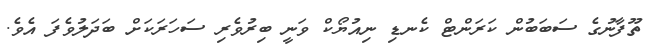
ތޫފާނުގެ ސަބަބުން ކަރަންޓް ކެނޑި ނިއުޔޯކް ވަނީ ބިރުވެރި ސަހަރަކަށް ބަދަލުވެފަ އެވެ.